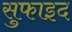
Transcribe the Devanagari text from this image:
सुफाइद